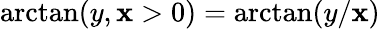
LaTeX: \arctan(y,\mathbf{x}>0)=\arctan(y/\mathbf{x})